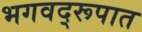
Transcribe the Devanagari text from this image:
भगवद्‌रूपात